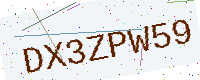
Text: DX3ZPW59